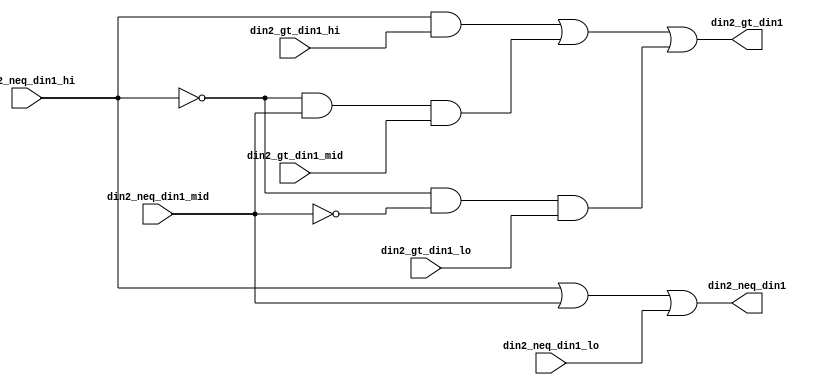
module fpu_in2_gt_in1_3to1 (
	din2_neq_din1_hi,
	din2_gt_din1_hi,
	din2_neq_din1_mid,
	din2_gt_din1_mid,
	din2_neq_din1_lo,
	din2_gt_din1_lo,

	din2_neq_din1,
	din2_gt_din1
);


input		din2_neq_din1_hi;	// input 2 != input 1- high 3 bits
input		din2_gt_din1_hi;	// input 2 > input 1- high 3 bits
input		din2_neq_din1_mid;	// input 2 != input 1- middle 3 bits
input		din2_gt_din1_mid;	// input 2 > input 1- middle 3 bits
input		din2_neq_din1_lo;	// input 2 != input 1- low 3 bits
input		din2_gt_din1_lo;	// input 2 > input 1- low 3 bits

output		din2_neq_din1;		// input 2 doesn't equal input 1
output		din2_gt_din1;		// input 2 is greater than input 1


wire		din2_neq_din1;
wire		din2_gt_din1;


assign din2_neq_din1= din2_neq_din1_hi || din2_neq_din1_mid || din2_neq_din1_lo;

assign din2_gt_din1= (din2_neq_din1_hi && din2_gt_din1_hi)
		|| ((!din2_neq_din1_hi) && din2_neq_din1_mid
			&& din2_gt_din1_mid)
		|| ((!din2_neq_din1_hi) && (!din2_neq_din1_mid)
			&& din2_gt_din1_lo);


endmodule